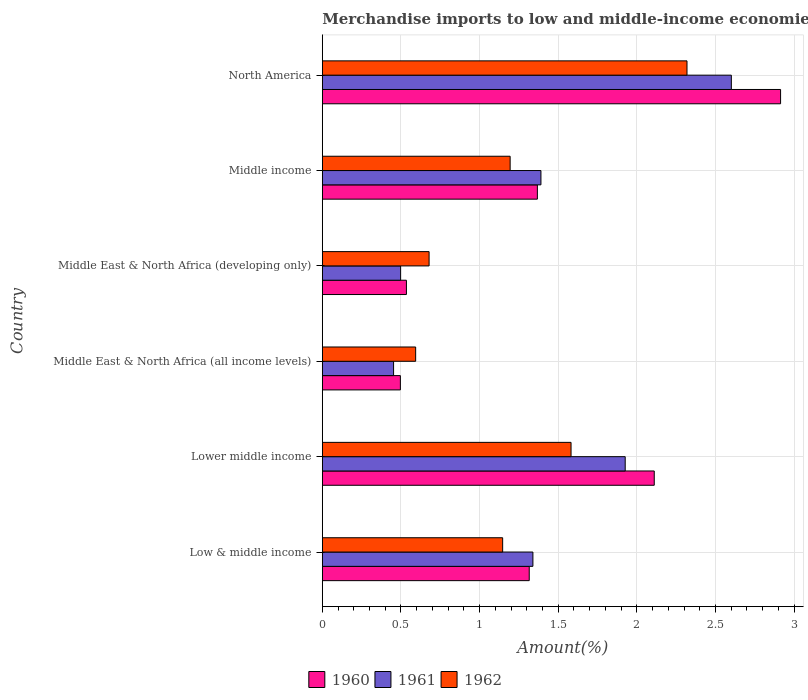
| Country | 1960 | 1961 | 1962 |
 | --- | --- | --- | --- |
 | Low & middle income | 1.32 | 1.34 | 1.15 |
 | Lower middle income | 2.11 | 1.93 | 1.58 |
 | Middle East & North Africa (all income levels) | 0.496 | 0.453 | 0.593 |
 | Middle East & North Africa (developing only) | 0.535 | 0.498 | 0.679 |
 | Middle income | 1.37 | 1.39 | 1.19 |
 | North America | 2.91 | 2.6 | 2.32 |